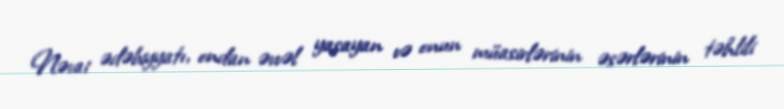
Nəvai ədəbiyyatı, ondan əvvəl yaşayan və onun müasirlərinin əsərlərinin təhlili